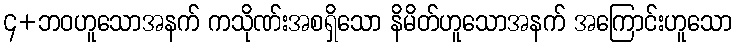
၄+ဘဝဟူသောအနက် ကသိုဏ်းအစရှိသော နိမိတ်ဟူသောအနက် အကြောင်းဟူသော